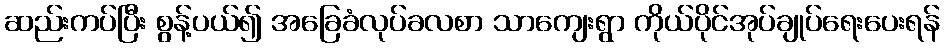
ဆည်းကပ်ပြီး စွန့်ပယ်၍ အခြေခံလုပ်ခလစာ သာကျေးရွာ ကိုယ်ပိုင်အုပ်ချုပ်ရေးပေးရန်